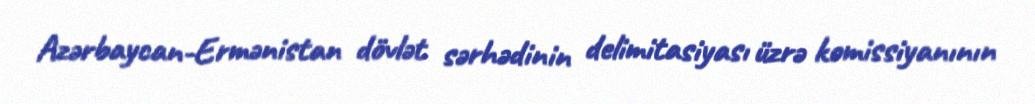
Azərbaycan-Ermənistan dövlət sərhədinin delimitasiyası üzrə komissiyanının